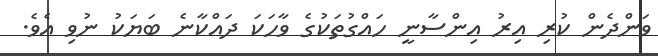
ވަންދެން ކުރި އިރު އިންސާނީ ހައްގުތަކުގެ ވާހަކަ ދައްކާނެ ބަޔަކު ނުވި އެވެ.